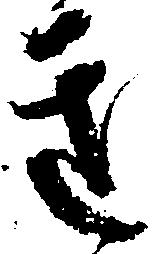
き